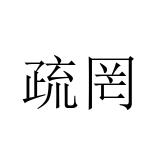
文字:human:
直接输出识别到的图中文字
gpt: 疏罔